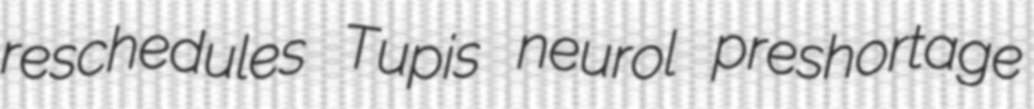
reschedules Tupis neurol preshortage